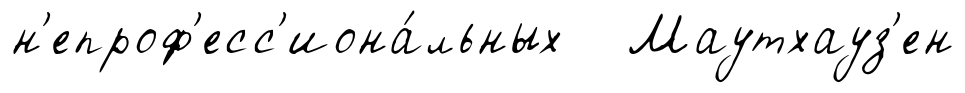
н'епроф'есс'иона́льных Маутхауз'ен